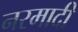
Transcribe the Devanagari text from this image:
नरमादी